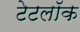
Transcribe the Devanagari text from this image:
टेटलॉक